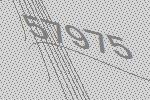
57975